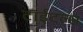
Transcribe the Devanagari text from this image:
टाईटल्स